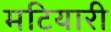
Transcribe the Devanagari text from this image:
मटियारी